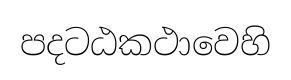
පදටඨකථාවෙහි